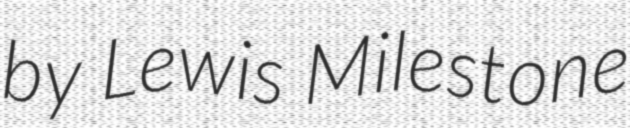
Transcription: by Lewis Milestone